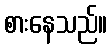
စားနေသည်။